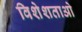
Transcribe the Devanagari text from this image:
विशेशताओ